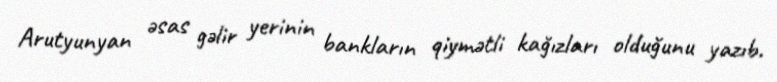
Arutyunyan əsas gəlir yerinin bankların qiymətli kağızları olduğunu yazıb.